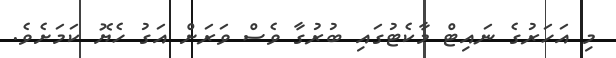
މި އަހަރުގެ ނައިޓް މާކެޓުގައި ބުރުގާ ވެސް ވަރަށް އަގު ހެޔޮ ކަމަށެވެ.